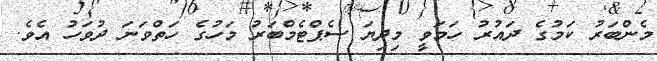
މެންބަރު ކަމުގެ ދައުރު ހަމަވީ މިދިޔަ ސެޕްޓެމްބަރު މަހުގެ ހަތްވަނަ ދުވަހު އެވެ.